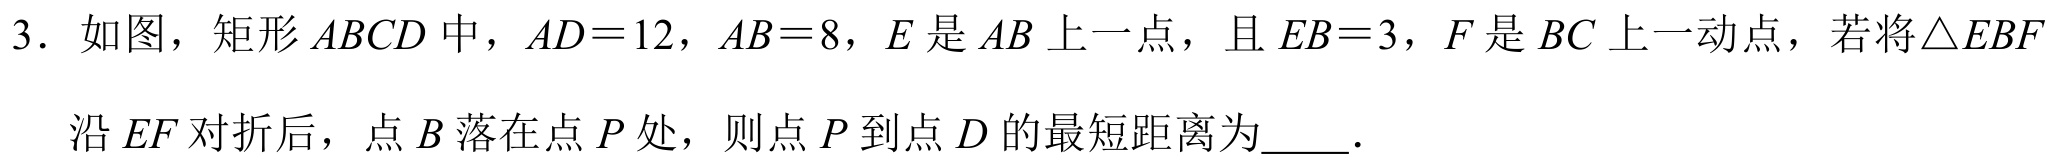
3. 如图，矩形 \(ABCD\) 中，\(AD = 12\)，\(AB = 8\)，\(E\) 是 \(AB\) 上一点，且 \(EB = 3\)，\(F\) 是 \(BC\) 上一动点，若将\(\triangle EBF\)沿 \(EF\) 对折后，点 \(B\) 落在点 \(P\) 处，则点 \(P\) 到点 \(D\) 的最短距离为\underline{\quad\quad}．